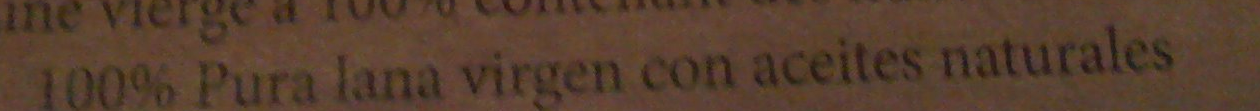
100% Pura lana virgen con aceites naturales